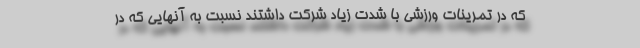
که در تمرینات ورزشی با شدت زیاد شرکت داشتند نسبت به آنهایی که در